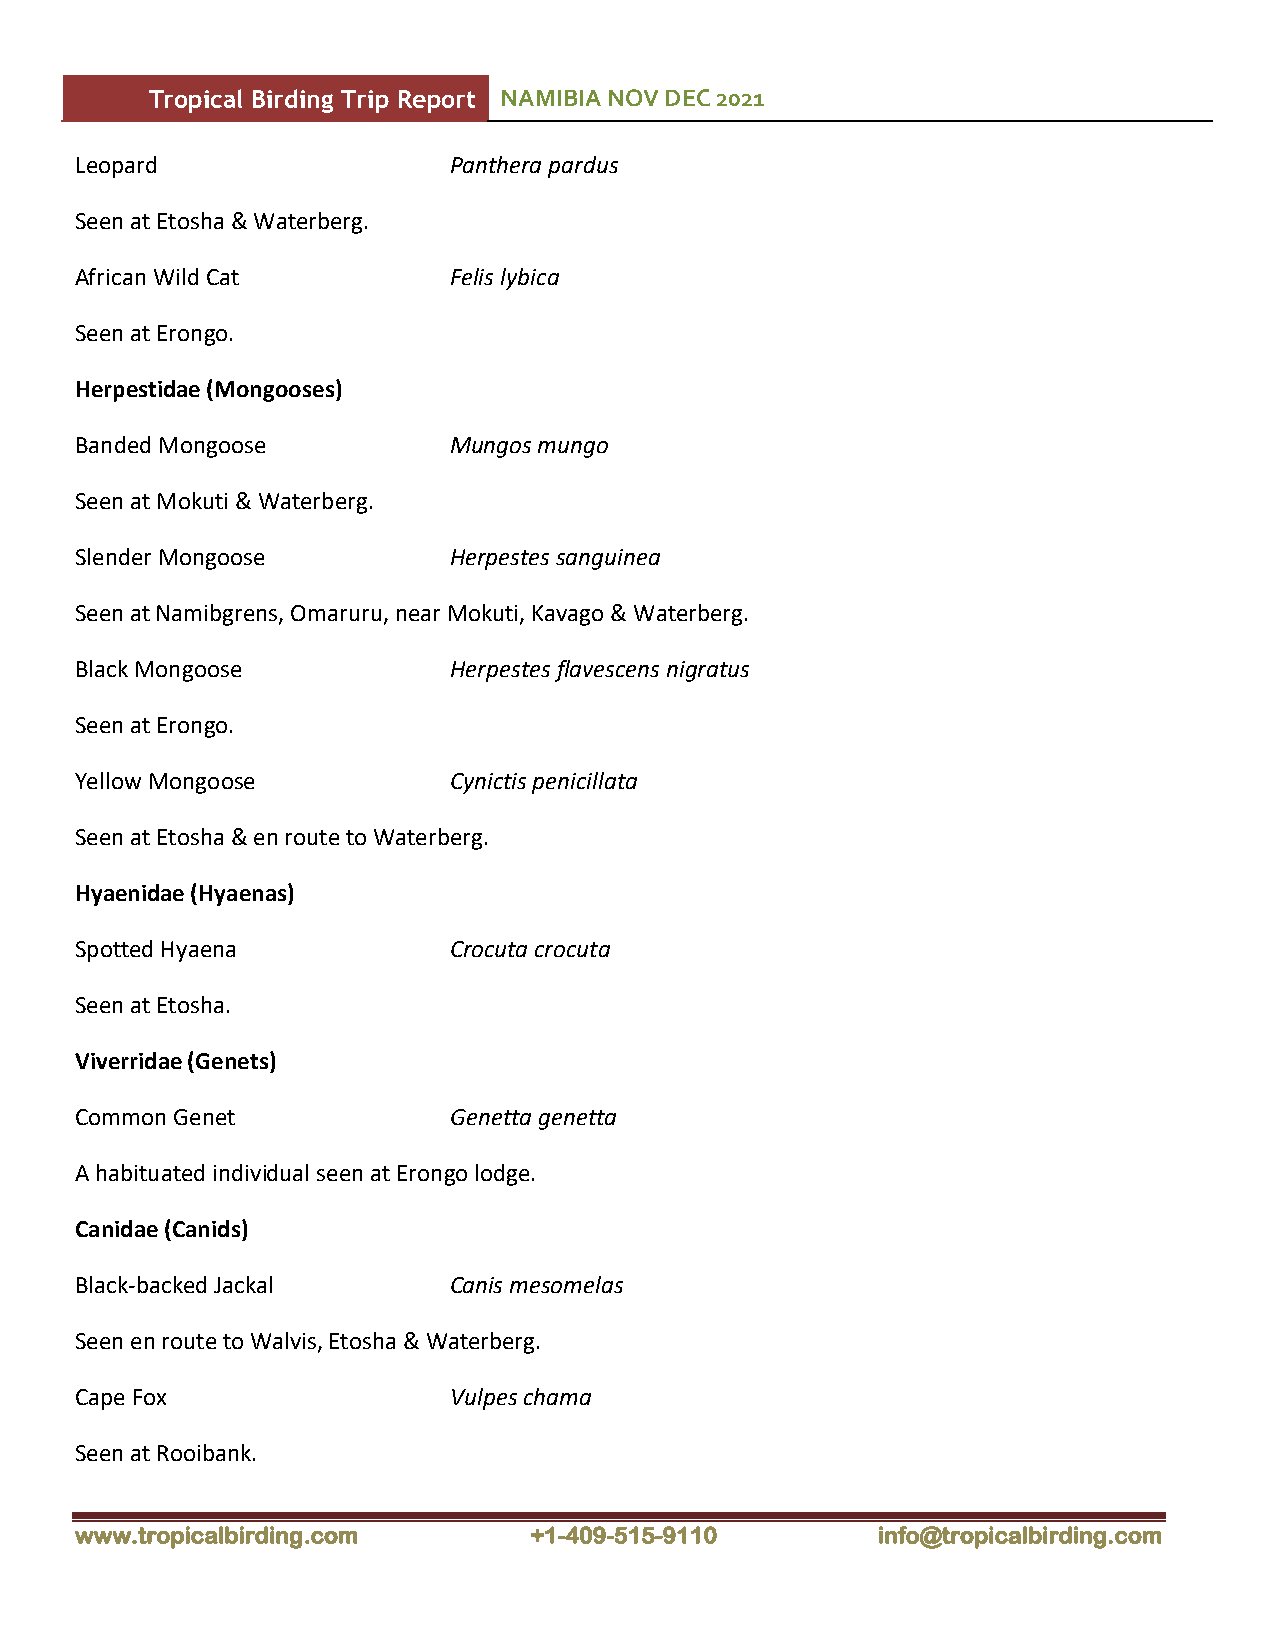
Tropical Birding Trip Report NAMIBIA NOV DEC 2021
 Leopard                  Panthera pardus
 Seen at Etosha & Waterberg.
 African Wild Cat         Felis lybica
 Seen at Erongo.
 Herpestidae (Mongooses)
 Banded Mongoose          Mungos mungo
 Seen at Mokuti & Waterberg.
 Slender Mongoose         Herpestes sanguinea
 Seen at Namibgrens, Omaruru, near Mokuti, Kavago & Waterberg.
 Black Mongoose           Herpestes flavescens nigratus
 Seen at Erongo.
 Yellow Mongoose          Cynictis penicillata
 Seen at Etosha & en route to Waterberg.
 Hyaenidae (Hyaenas)
 Spotted Hyaena           Crocuta crocuta
 Seen at Etosha.
 Viverridae (Genets)
 Common Genet             Genetta genetta
 A habituated individual seen at Erongo lodge.
 Canidae (Canids)
 Black-backed Jackal      Canis mesomelas
 Seen en route to Walvis, Etosha & Waterberg.
 Cape Fox                 Vulpes chama
 Seen at Rooibank.
 www.tropicalbirding.com       +1-409-515-9110        info@tropicalbirding.com